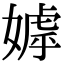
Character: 嫭